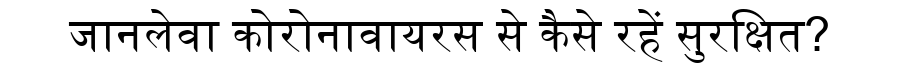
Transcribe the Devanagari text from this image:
जानलेवा कोरोनावायरस से कैसे रहें सुरक्षित?